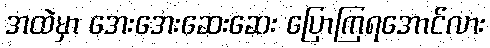
အထဲမှာ အေးအေးဆေးဆေး ပြောကြရအောင်လား